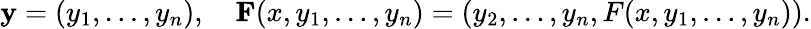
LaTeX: \mathbf{y}=(y_{1},\ldots,y_{n}),\quad\mathbf{F}(x,y_{1},\ldots,y_{n})=(y_{2},\ldots,y_{n},F(x,y_{1},\ldots,y_{n})).